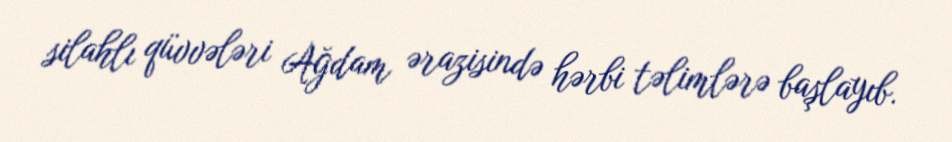
silahlı qüvvələri Ağdam ərazisində hərbi təlimlərə başlayıb.